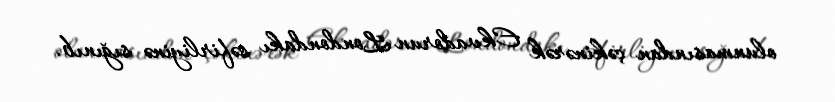
olunmasından çəkinərək Ekvadorun Londondakı səfirliyinə sığınıb.